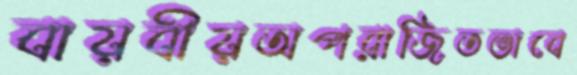
বায়বীয়অপরাজিতভাবে